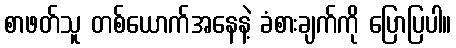
စာဖတ်သူ တစ်ယောက်အနေနဲ့ ခံစားချက်ကို ပြောပြပါ။